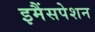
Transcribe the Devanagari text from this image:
इमैंसपेशन